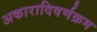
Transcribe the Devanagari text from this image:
अकारादिवर्णक्रम